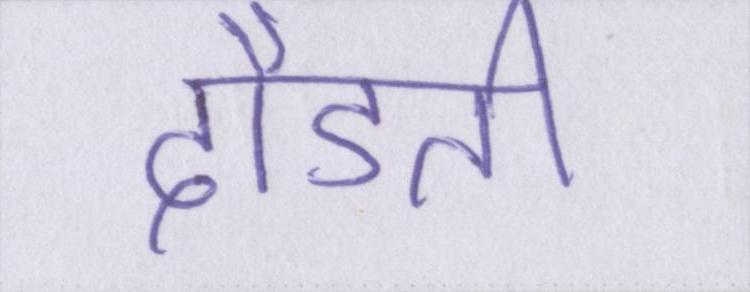
दौडती